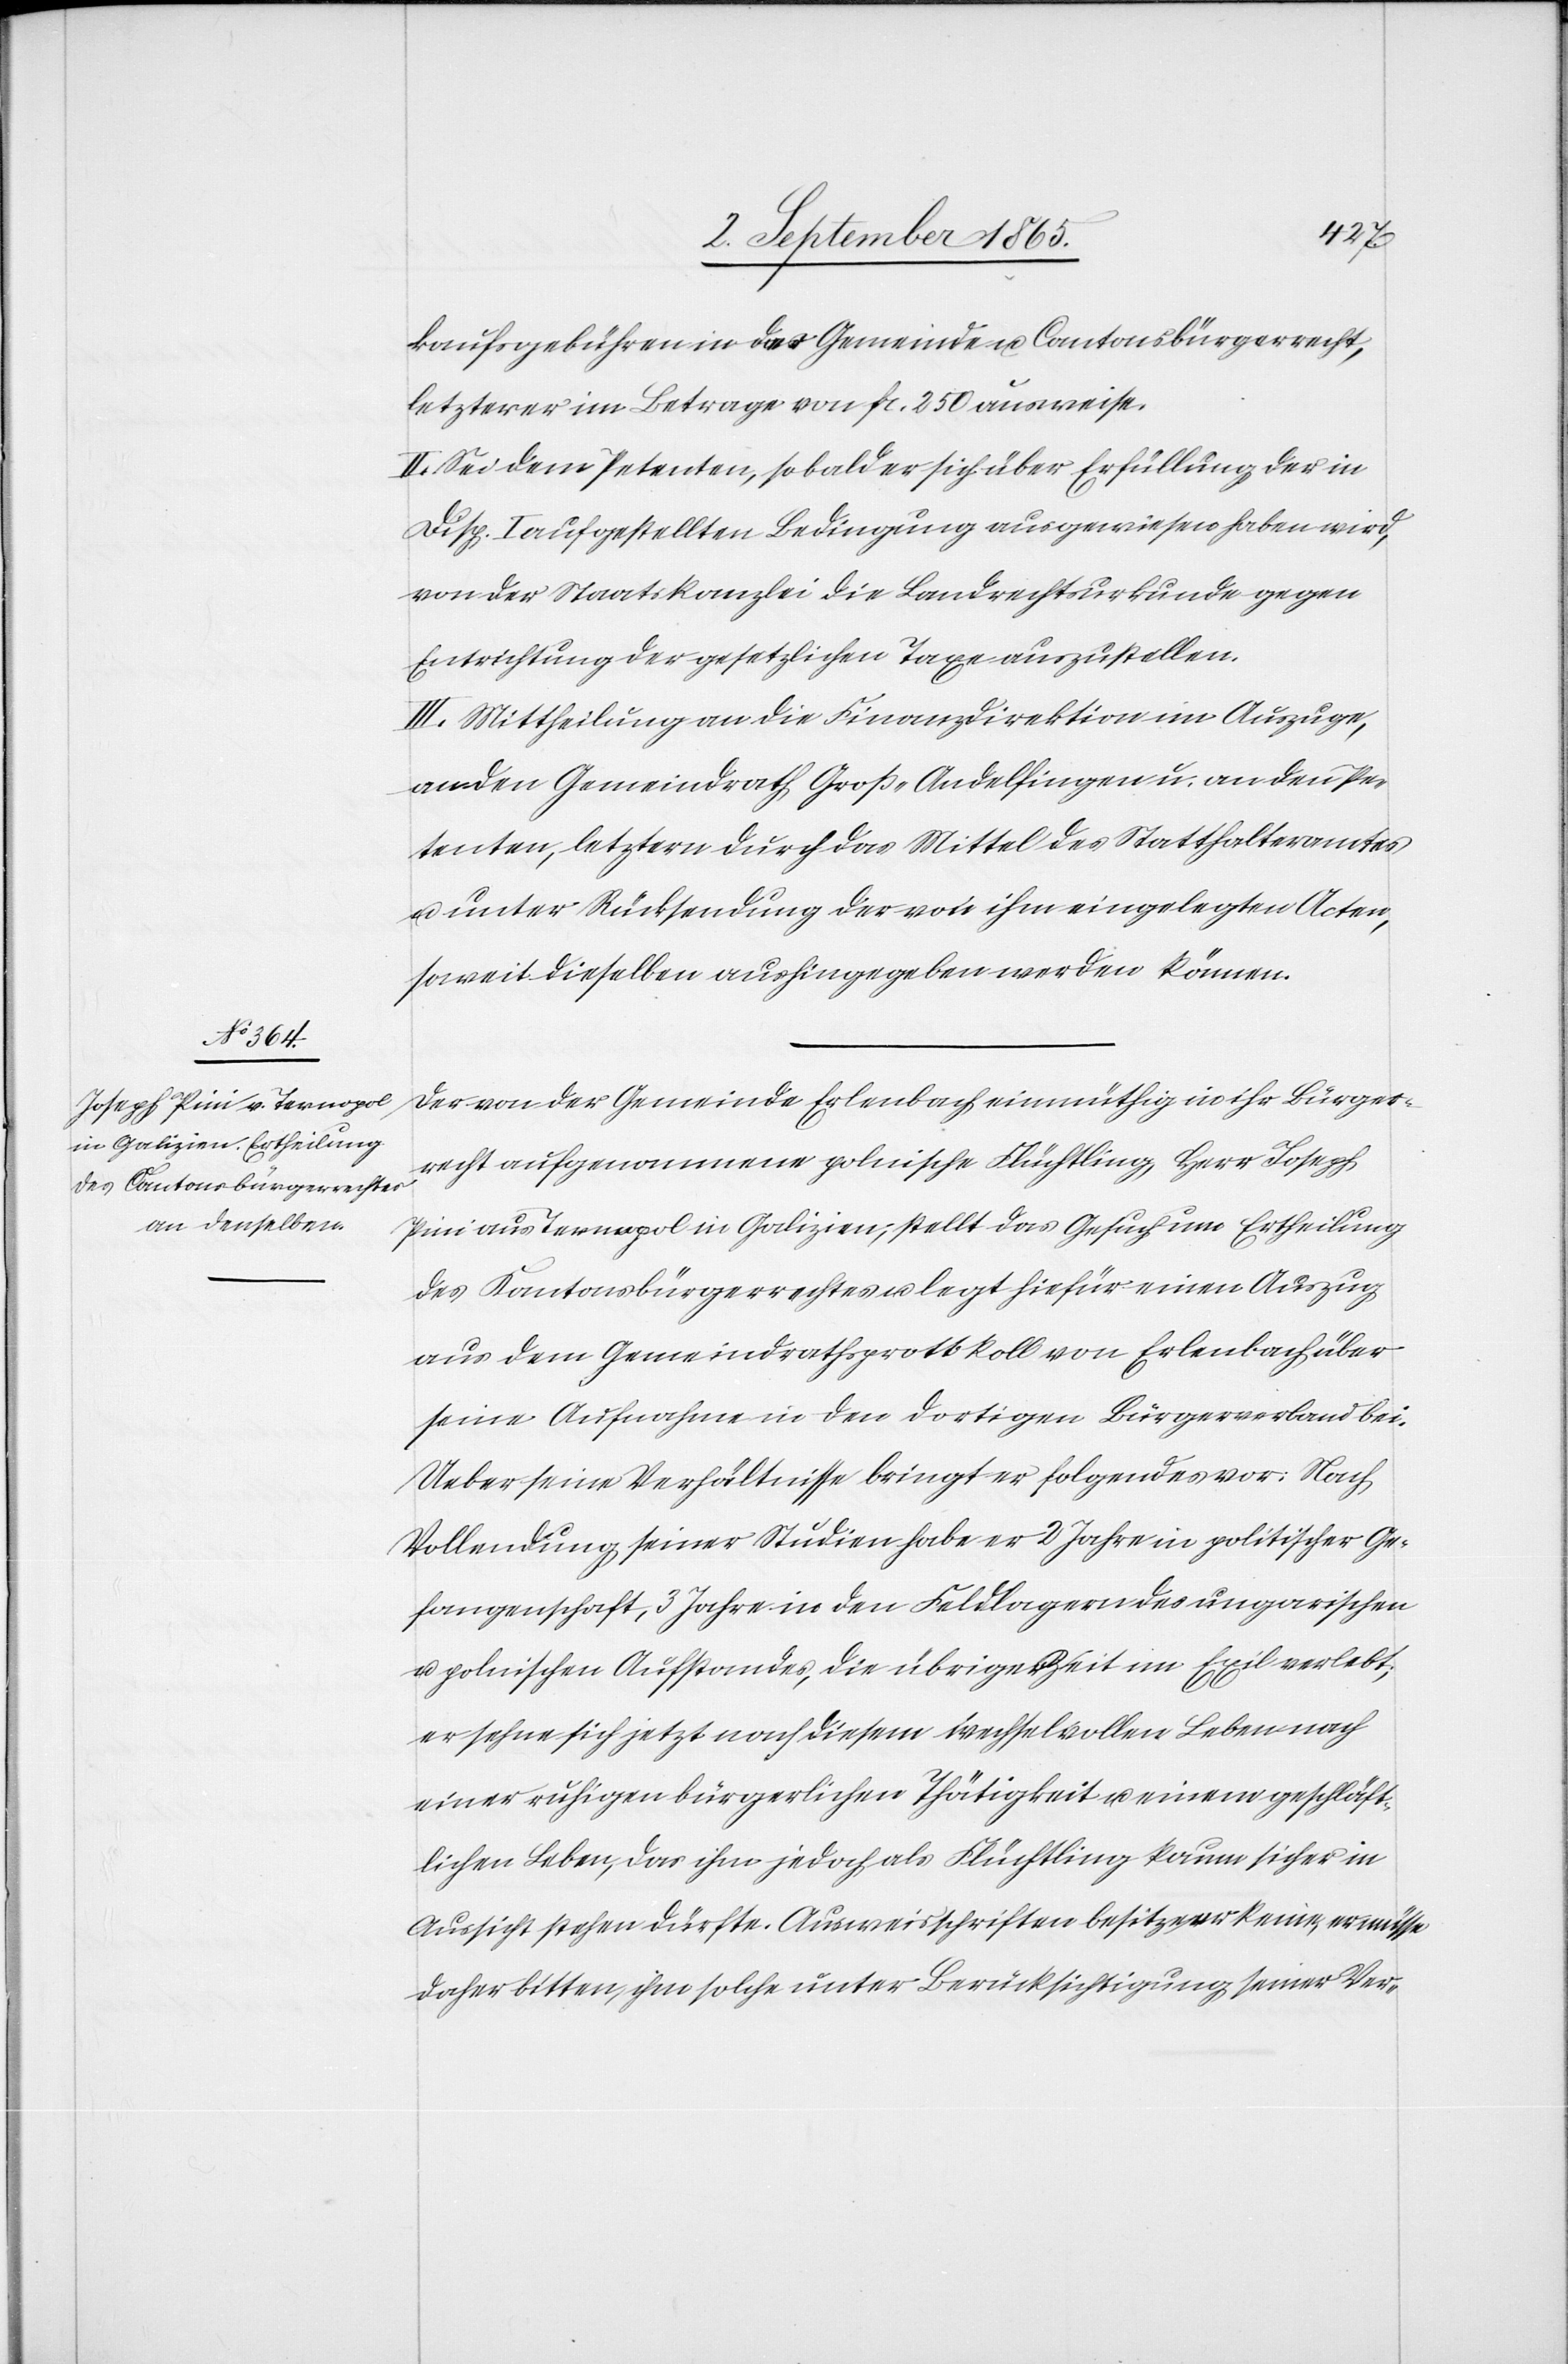
kaufsgebühren in das Gemeinde u. Cantonsbürgerrecht,
letzterer im Betrag von fr. 250 ausweise.
II. Sei dem Petenten, sobald er sich über Erfüllung der in
Disp. I aufgestellten Bedingung ausgewiesen haben wird,
von der Staatskanzlei die Landrechtsurkunde gegen
Entrichtung der gesetzlichen Taxe auszustellen.
III. Mittheilung an die Finanzdirektion im Auszuge,
an den Gemeindrath Groß-Andelfingen u. an den Pe¬
tenten, letztern durch das Mittel des Statthalteramtes
u. unter Rücksendung der von ihm eingelegten Acten,
soweit dieselben aushingegeben werden können.
Der von der Gemeinde Erlenbach einmüthig in ihr Bürger¬
recht aufgenommene polnische Flüchtling Herr Joseph
Pini aus Ternopol in Galizien, stellt das Gesuch um Ertheilung
des Kantonsbürgerrechts u. legt hiefür einen Auszug
aus dem Gemeindrathsprotokoll von Erlenbach über
seine Aufnahme in den dortigen Bürgerverband bei.
Ueber seine Verhältnisse bringt er folgendes vor: Nach
Vollendung seiner Studien habe er 2 Jahre in politischer Ge¬
fangenschaft, 3 Jahre in den Feldlagern des ungarischen
u. polnischen Aufstandes, die übrige Zeit im Exil verlebt;
er sehne sich jetzt nach diesem wechselvollen Leben nach
einer ruhigen bürgerlichen Thätigkeit u. einem geschäft¬
lichen Leben, das ihm jedoch als Flüchtling kaum sicher in
Aussicht stehen dürfte. Ausweisschriften besitze er keine, er müsse
daher bitten, ihm solche unter Berücksichtigung seiner Ver-